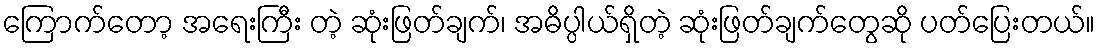
ကြောက်တော့ အရေးကြီး တဲ့ ဆုံးဖြတ်ချက်၊ အဓိပ္ပါယ်ရှိတဲ့ ဆုံးဖြတ်ချက်တွေဆို ပတ်ပြေးတယ်။